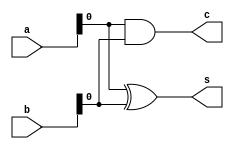
`timescale 1ns / 1ps
//////////////////////////////////////////////////////////////////////////////////
// Company: 
// Engineer: 
// 
// Design Name: 
// Module Name: half_adder
// Project Name: 
// Target Devices: 
// Tool Versions: 
// Description: 
// 
// Dependencies: 
// 
// Revision:
// Revision 0.01 - File Created
// Additional Comments:
// 
//////////////////////////////////////////////////////////////////////////////////
//Lab-3: By Vedant A Sontake(B20EE095) 
//Work 1:Modify the Four Bit Adder created in Lab 1 to implement an Adder-Subtractor Unit.

module half_adder(a,b,s,c);
input [3:0]a,b;
output s,c;
assign s=a^b;       //sum gives the output as xor of the 2 inputs in half adder
assign c=a&b;       //carry gives the output as & of the 2 inputs in half adder
endmodule